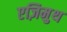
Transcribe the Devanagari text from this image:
एज़िमुथ